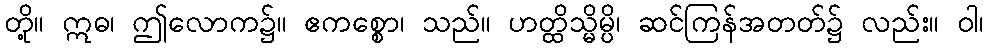
တို့။ ဣဓ၊ ဤလောက၌။ ဧကစ္စော၊ သည်။ ဟတ္ထိသ္မိမ္ပိ၊ ဆင်ကြန်အတတ်၌ လည်း။ ဝါ၊